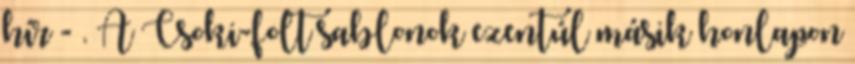
hír - . A Csoki-folt sablonok ezentúl másik honlapon